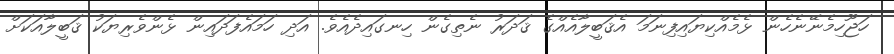
ހަޖޫހިމެނޭނެހެން ޅެމެއްކިޔައިފިނަމަ އެޤަބީލާއެއްގެ ޤަދަރު ނެތިގެން ހިނގައިދެއެވެ. އަދި ހަމައެފަދައިން ޅެންވެރިޔަކު ޤަބީލާއަކަށް